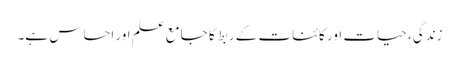
زندگی، حیات اور کائنات کے ربط کا جامع علم اور احساس ہے۔